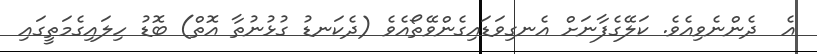
އެ  ދެންނެވިއެވެ. ކަލޭގެފާނަށް އެނގިވަޑައިގެންވޭތޯއެވެ (ދެކަނޑު ގުޅުނުތާ އޮތް) ބޮޑު ހިލައިގެމަތީގައި